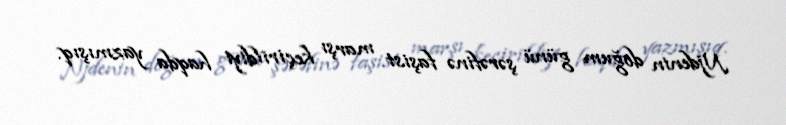
Njdenin doğum günü şərəfinə faşist marşı keçirildiyi haqda yazmışıq.